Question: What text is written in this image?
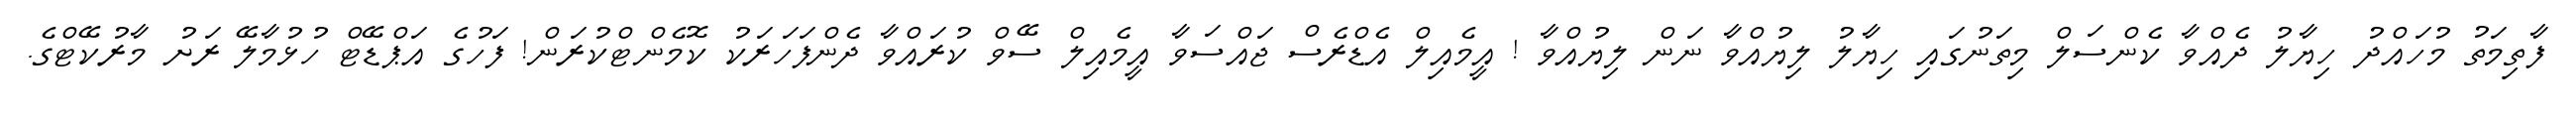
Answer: ފާތިމަތު މުހައްދު ހިޔާލު ދެއްވާ ކެންސަލް މިތަނުގައި ހިޔާލު ލިޔުއްވާ ނަން ލިޔުއްވާ ! އީމެއިލް އެޑްރެސް ޖައްސަވާ އީމެއިލް ސޭވް ކުރައްވާ ދެންފަހަރަކު ކޮމެންޓްކުރަން! ފަހުގެ އަޕްޑޭޓް ހުޅުމާލޭ ރަށު މާރުކޭޓްގެ.